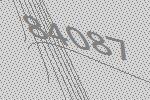
84087